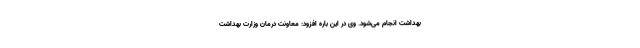
بهداشت انجام می‌شود. وی در این باره افزود: معاونت درمان وزارت بهداشت